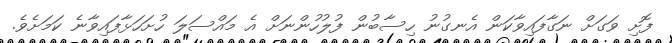
ފޮށި ވަގަށް ނަގާފައިވާކަން އެނގުނު ހިސާބުން ފުލުހުންނަށް އެ މައްސަލަ ހުށަހަޅާފައިވާނެ ކަމަށެވެ.